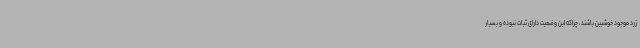
زرد موجود خوشبین باشند، چراکه این وضعیت دارای ثبات نبوده و بسیار